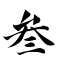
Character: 叁